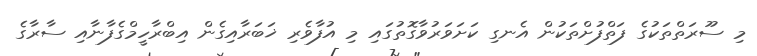
މި ސޫރަތްތަކުގެ ފަތްފުށްތަކުން އެނގި ކަށަވަރުވާގޮތުގައި މި އުފާވެރި ޚަބަރާއިގެން އިބްރާހީމްގެފާނާއި ސާރާގެ